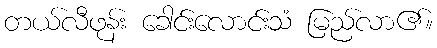
တယ်လီဖုန်း ခေါင်းလောင်းသံ မြည်လာ၏။